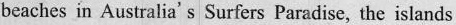
beaches in Australia's Surfers Paradise, the islands